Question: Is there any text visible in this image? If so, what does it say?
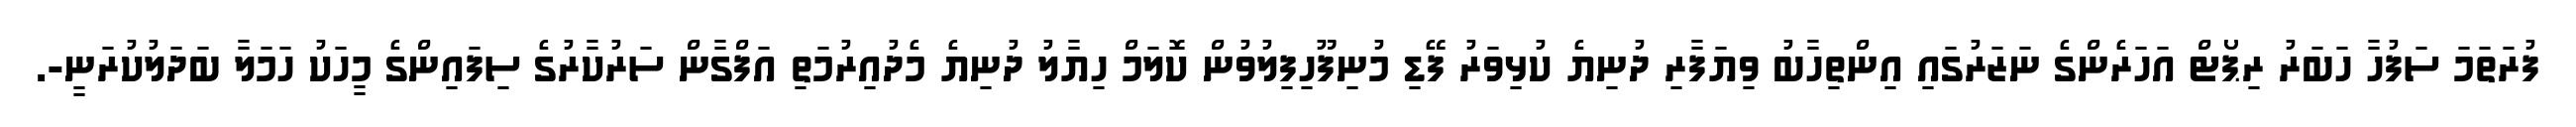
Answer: ފުރަތަމަ ސަފުހާ ހަބަރު ރިޕޯޓް އަހަރެންގެ ނަޒަރުގައި އިންތިހާބު ވިޔަފާރި ދުނިޔެ ކުޅިވަރު ފޭޑި މުނިފޫހިފިލުވުން ކޮލަމް ހިޔާލު ދުނިޔެ މެދުއިރުމަތި އަފްގާން ސަރުކާރުގެ ސިފައިންގެ މީހަކު ހަމަލާ ބަދަލުކުރަނީ-.